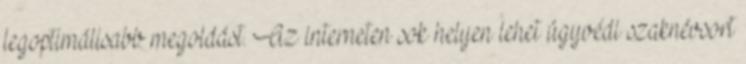
legoptimálisabb megoldást. Az interneten sok helyen lehet ügyvédi szaknévsort